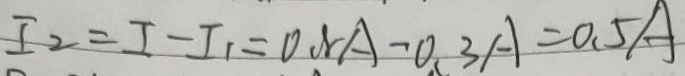
I _ { 2 } = I - I _ { 1 } = 0 . 8 A - 0 . 3 A = 0 . 5 A